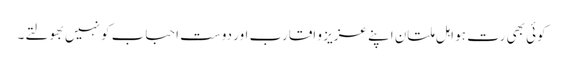
کوئی بھی رت ہو اہل ملتان اپنے عزیز و اقارب اور دوست احباب کو نہیں بھولتے۔